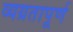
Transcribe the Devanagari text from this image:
व्यग्रतापूर्ण